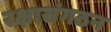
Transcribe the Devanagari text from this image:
रक्षासंगठन